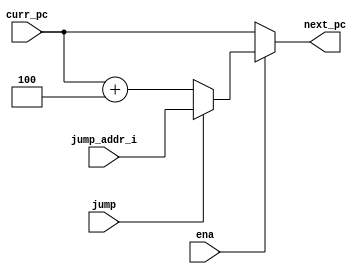
module mux_pc(
	input ena,
	input	jump,
	input	[31:0]	jump_addr_i,
	input	[31:0]	curr_pc,
	output reg[31:0]	next_pc
);
always @(*) begin
	if(~ena)
		next_pc = curr_pc;
	else if(jump)
		next_pc=jump_addr_i;
	else
		next_pc=curr_pc+32'h4;
end
endmodule